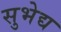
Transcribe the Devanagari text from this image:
सुभेद्य